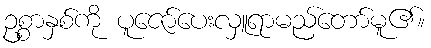
ဥစ္စာနှစ်ကို ပူဇော်ပေးလှူရာမည်တော်မူ၏။